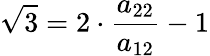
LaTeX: {\sqrt{3}}=2\cdot{\frac{a_{22}}{a_{12}}}-1